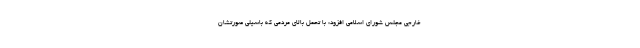
خارجی مجلس شورای اسلامی افزود: با تحمل بالای مردمی که باسیلی صورتشان